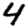
Digit: 4